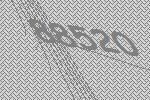
88520